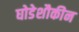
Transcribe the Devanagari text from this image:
घोडेशौकीन